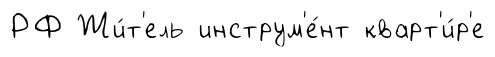
РФ Жи́т'ель инструм'е́нт кварт'и́р'е